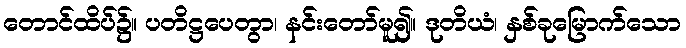
တောင်ထိပ်၌။ ပတိဋ္ဌပေတွာ၊ နင်းတော်မူ၍။ ဒုတိယံ၊ နှစ်ခုမြောက်သော